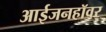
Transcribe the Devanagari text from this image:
आईजनहॉवर